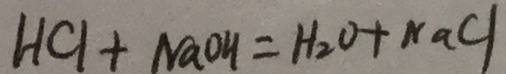
H C l + N a O H = H _ { 2 } O + N a C l